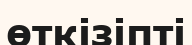
өткізіпті